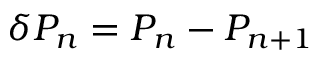
\delta P _ { n } = P _ { n } - P _ { n + 1 }